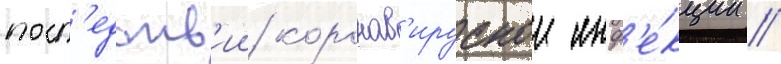
посл'едств'ии коронав'ируснои инф'е́кции //